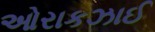
ઓરાકઝાઈ